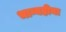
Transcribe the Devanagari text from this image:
भाग्यहीना